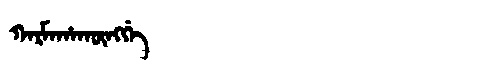
Manchu: ᡴᠠᡵᠮᠠᡥᠠᡴᡡᠩᡤᡝ
Romanization: KARMAHAKŪNGGE